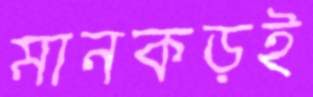
মানকড়ই